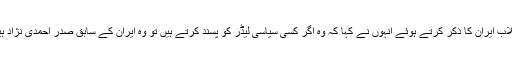
انقلاب ایران کا ذکر کرتے ہوئے انہوں نے کہا کہ وہ اگر کسی سیاسی لیڈر کو پسند کرتے ہیں تو وہ ایران کے سابق صدر احمدی نژاد ہیں۔